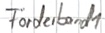
Text: Förderband1